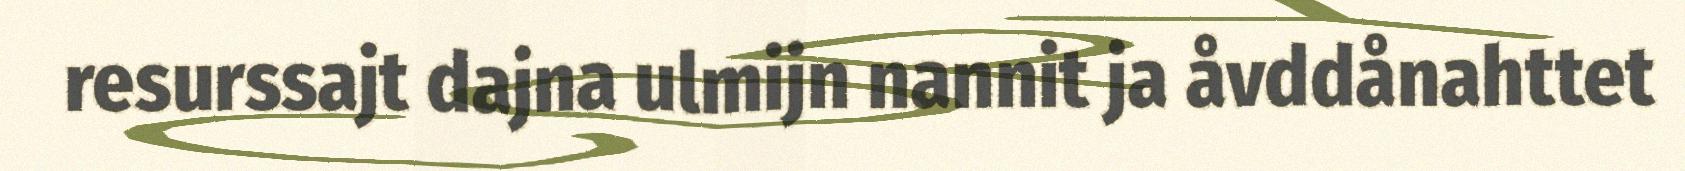
resurssajt dajna ulmijn nannit ja åvddånahttet